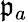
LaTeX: \mathfrak{p}_{a}